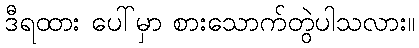
ဒီရထား ပေါ်မှာ စားသောက်တွဲပါသလား။